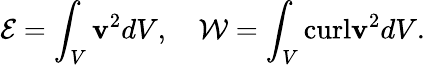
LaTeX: \mathcal{E}=\int_{V}\mathbf{v}^{2}dV,\quad\mathcal{W}=\int_{V}\textrm{curl}\mathbf{v}^{2}dV.